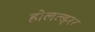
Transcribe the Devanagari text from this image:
होलल्ड्रर